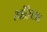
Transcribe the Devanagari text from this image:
शांतिप्रसाद